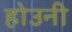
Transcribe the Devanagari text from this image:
होउनी